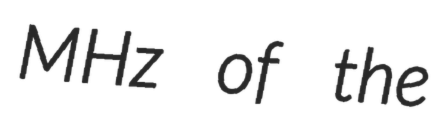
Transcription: MHz of the